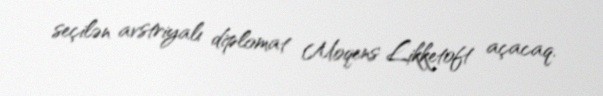
seçilən avstriyalı diplomat Moqens Likketoft açacaq.